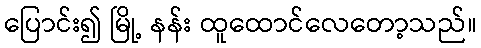
ပြောင်း၍ မြို့ နန်း ထူထောင်လေတော့သည်။